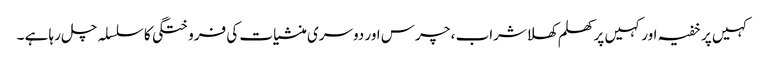
کہیں پر خفیہ اور کہیں پر کھلم کھلاشراب ، چرس اور دوسری منشیات کی فروختگی کا سلسلہ چل رہا ہے ۔